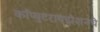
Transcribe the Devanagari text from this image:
काँप्युटरायझेशनचे